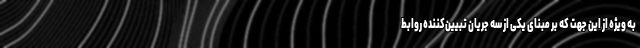
به ویژه از این جهت که بر مبنای یکی از سه جریان تبیین‌کننده روابط